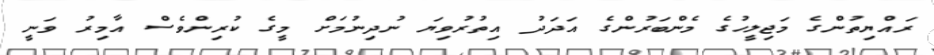
ރައްޔިތުންގެ މަޖިލީހުގެ މެންބަރުންގެ އަދަދު އިތުރުވިޔަ ނުދިނުމަށް މީގެ ކުރިންވެސް އާމިރު ވަނީ